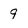
Character: 9